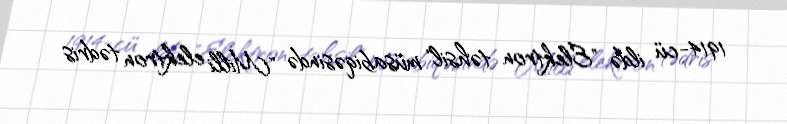
1914-cü ildə "Elektron təhsil" müsabiqəsində "Milli elektron tədris